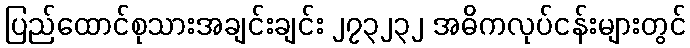
ပြည်ထောင်စုသားအချင်းချင်း ၂၇၃၂၃၂ အဓိကလုပ်ငန်းများတွင်